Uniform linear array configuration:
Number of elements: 24
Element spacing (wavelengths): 0.5
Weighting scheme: blackman
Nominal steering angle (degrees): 15
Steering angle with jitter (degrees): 13.669
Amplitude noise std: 0.05
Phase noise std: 0.05

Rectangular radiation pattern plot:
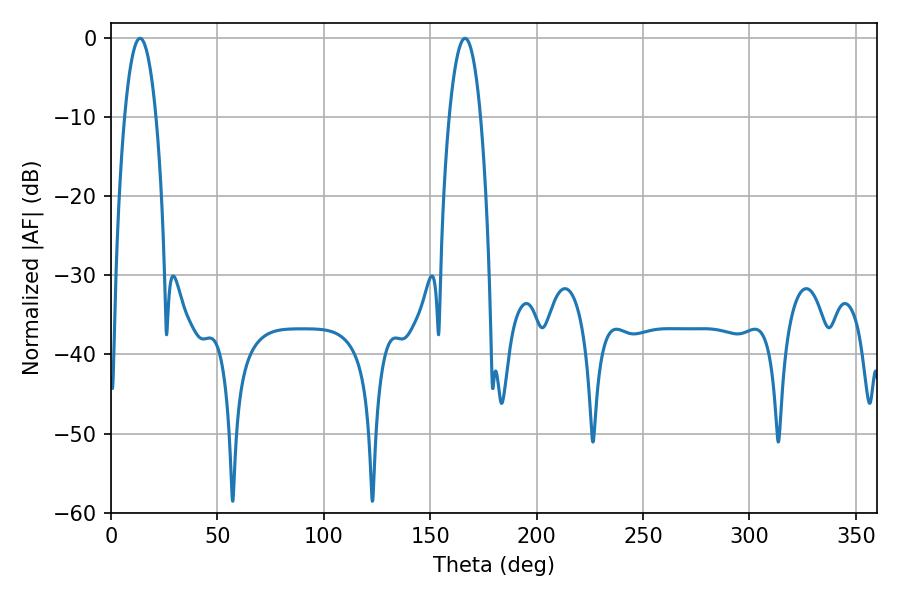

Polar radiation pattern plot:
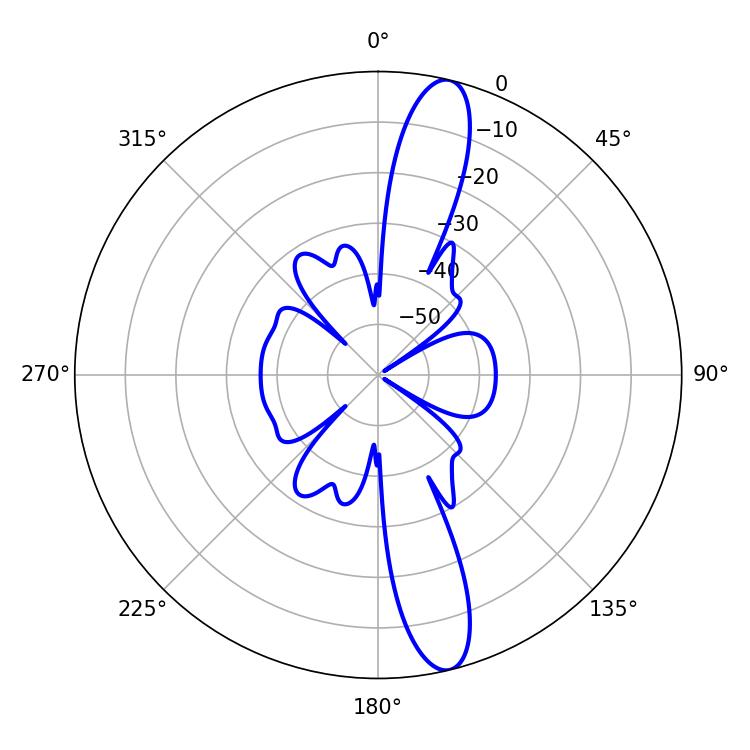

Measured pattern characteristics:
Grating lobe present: FALSE
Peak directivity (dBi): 14.43
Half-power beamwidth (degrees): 8.28
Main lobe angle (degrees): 13.68